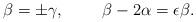
LaTeX: \begin{align*}\beta = \pm \gamma, ~~~~~~~ \beta -2\alpha = \epsilon \beta.\end{align*}